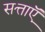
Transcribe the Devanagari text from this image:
सत्ताऍं